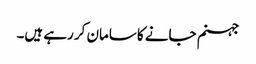
جہنم جانے کا سامان کر رہے ہیں۔